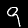
Label: 9